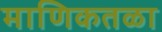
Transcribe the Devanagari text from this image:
माणिकतळा